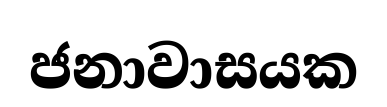
ජනාවාසයක